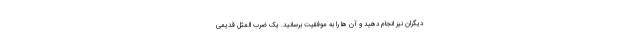
دیگران نیز انجام دهید و آن ها را به موفقیت برسانید. یک ضرب المثل قدیمی